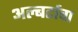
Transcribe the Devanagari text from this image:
अल्बर्टाचा